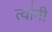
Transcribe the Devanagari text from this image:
त्या॑नी